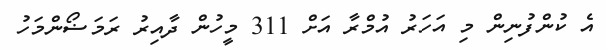
އެ ކުންފުނިން މި އަހަރު އުމްރާ އަށް 311 މީހުން ދާއިރު ރަމަޟޯންމަހު